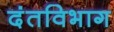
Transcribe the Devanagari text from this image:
दंतविभाग